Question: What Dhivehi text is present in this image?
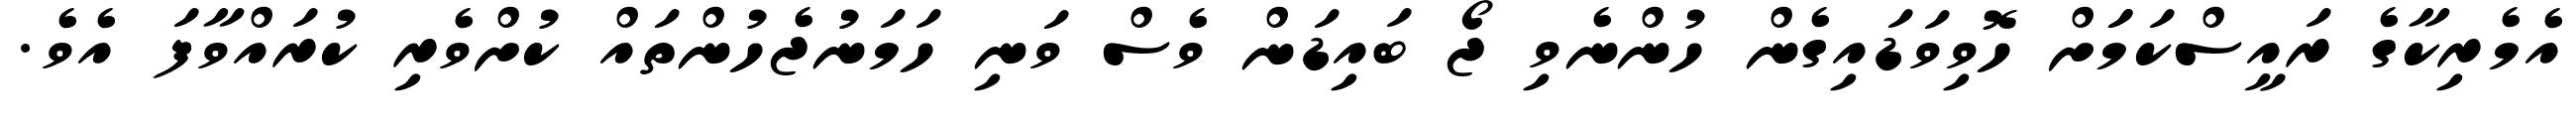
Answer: އެމެރިކާގެ ރައީސްކަމަަށް ހޮވިވަޑައިގެން ހުންނެވި ޖޯ ބައިޑަން ވެސް ވަނި ހަމަނުޖެހުންތައް ކުށްވެރި ކުރައްވާފަ އެވެ.